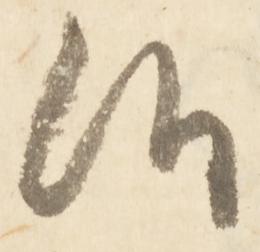
候